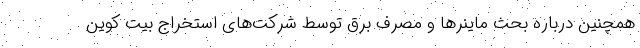
همچنین درباره بحث ماینرها و مصرف برق توسط شرکت‌های استخراج بیت کوین